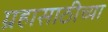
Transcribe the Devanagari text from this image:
ग्रहासाठीच्या